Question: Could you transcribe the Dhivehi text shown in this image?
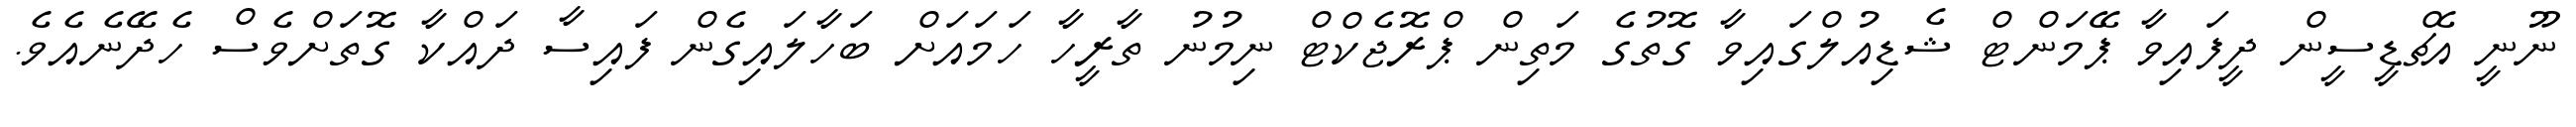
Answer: ނޫނީ އެޗްޑީސީން ދީފައިވާ ޕޭމަންޓް ޝެޑިއުލްގައިވާ ގޮތުގެ މަތިން ޕްރޮޖެކްޓް ނިމުނު ތާރީހާ ހަމައަށް ބަހާލައިގެން ފައިސާ ދައްކާ ގޮތަށްވެސް ހެދޭނެއެވެ.